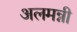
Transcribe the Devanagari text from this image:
अलमन्नी